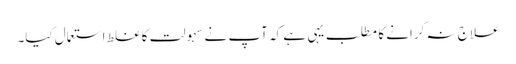
علاج نہ کرانے کا مطلب یہی ہے کہ آپ نے سہولت کا غلط استعمال کیا۔